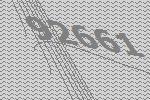
92661